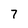
Character: 7